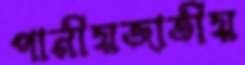
পানীয়জাতীয়